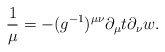
\begin{align*} \frac{1}{\mu}=-(g^{-1})^{\mu\nu}\partial_\mu t\partial_\nu w.\end{align*}